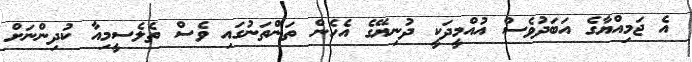
އެ ޖަމިއްޔާގެ އަބަދުވެސް އުއްމީދަކީ ދުނިޔޭގެ އެހެން ތަންތަނުގައި ވެސް ތެލެސީމިއާ ކުދިންނަށް